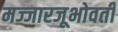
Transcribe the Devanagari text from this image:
मज्जारजूभोवती